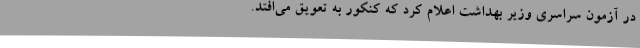
در آزمون سراسری وزیر بهداشت اعلام کرد که کنکور به تعویق می‌افتد.